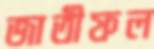
জাতীফল